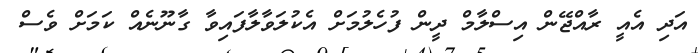
އަދި އެއީ ރާއްޖޭން އިސްލާމް ދީން ފުހެލުމަށް އެކުލަވާލާފައިވާ ގާނޫނެއް ކަމަށް ވެސް